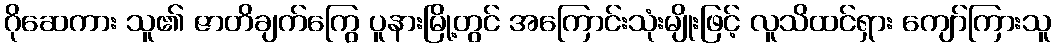
ဂိုဆေကား သူ၏ ဇာတိချက်ကြွေ ပူနားမြို့တွင် အကြောင်းသုံးမျိုးဖြင့် လူသိထင်ရှား ကျော်ကြားသူ